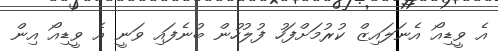
އެ ވީޑިއޯ އެނަލައިޒް ކުރުމަށްފަހު ފުލުހުން ބުނެފައި ވަނީ އެ ވީޑިއޯ އިން